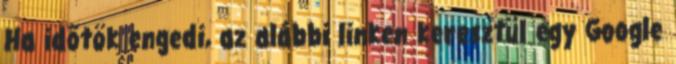
Ha időtök engedi, az alábbi linken keresztül egy Google